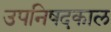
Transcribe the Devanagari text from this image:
उपनिषदकाल